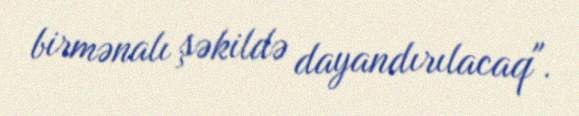
birmənalı şəkildə dayandırılacaq".